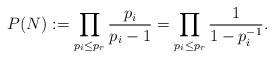
LaTeX: \begin{align*}P(N):=\prod_{p_i\leq p_r}\frac{p_i}{p_i-1}=\prod_{p_i\leq p_r}\frac{1}{1-p_i^{-1}}.\end{align*}